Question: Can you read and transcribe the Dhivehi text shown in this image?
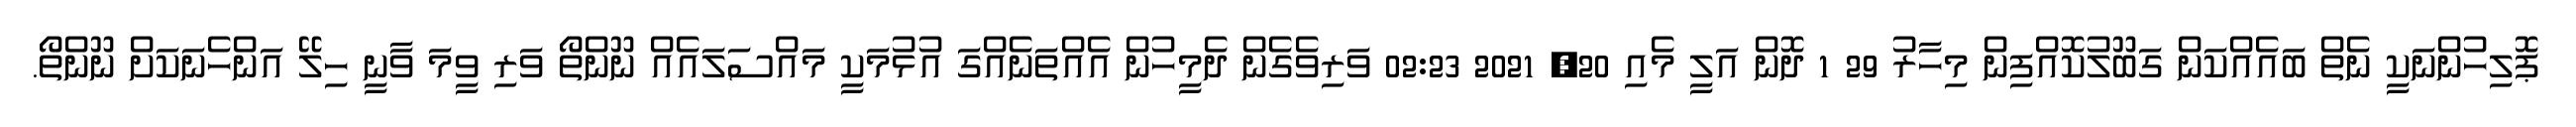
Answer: ޕޮލިހުންނަކީ ނެތް ބައެއްކަން ގަބޫލުކޮއްފިން މިހާރު 29 1 ދޮން އަލީ މެއި 20, 2021 02:23 ވަރިވެގެން ދެމީހުން އެއްތަނެއްގަ އުޅުމަކީ މައްސަލައެއް ނޫންތޯ ވަރި ވީމަ ވާނީ ހިލޭ އަންހެނަކަށް ނޫންތޯ.